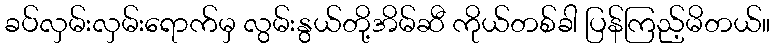
ခပ်လှမ်းလှမ်းရောက်မှ လွမ်းနွယ်တို့အိမ်ဆီ ကိုယ်တစ်ခါ ပြန်ကြည့်မိတယ်။